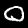
Digit: 0